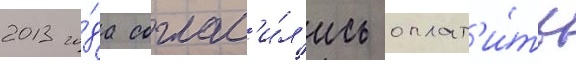
2013 го́да соглас'и́л'ись оплат'и́ть